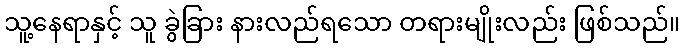
သူ့နေရာနှင့် သူ ခွဲခြား နားလည်ရသော တရားမျိုးလည်း ဖြစ်သည်။